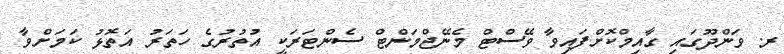
ރ. ވަންދޫގައި ގާއިމްކޮށްފައިވާ ވޭސްޓް މެނޭޖްމަންޓް ސެންޓަރަކީ އުތުރުގެ ހަތަރު އަތޮޅު ކަމަށްވާ